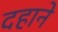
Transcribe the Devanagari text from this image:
दहाने